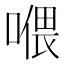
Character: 𱔎